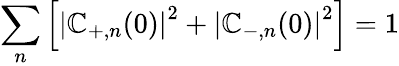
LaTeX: \sum_{n}\left[\left|\mathbb{C}_{+,n}(0)\right|^{2}+\left|\mathbb{C}_{-,n}(0)\right|^{2}\right]=1